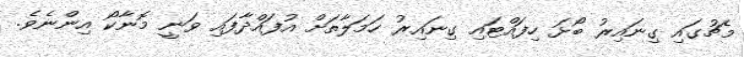
މެޗުގައި ގިނައިރު ބޯޅަ ހިފައްޓައި ގިނައިރު ހަމަލާތަށް އުފައްދާފައި ވަނީ މޮނާކޯ އިންނެވެ.